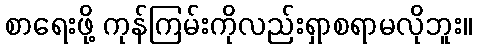
စာရေးဖို့ ကုန်ကြမ်းကိုလည်းရှာစရာမလိုဘူး။